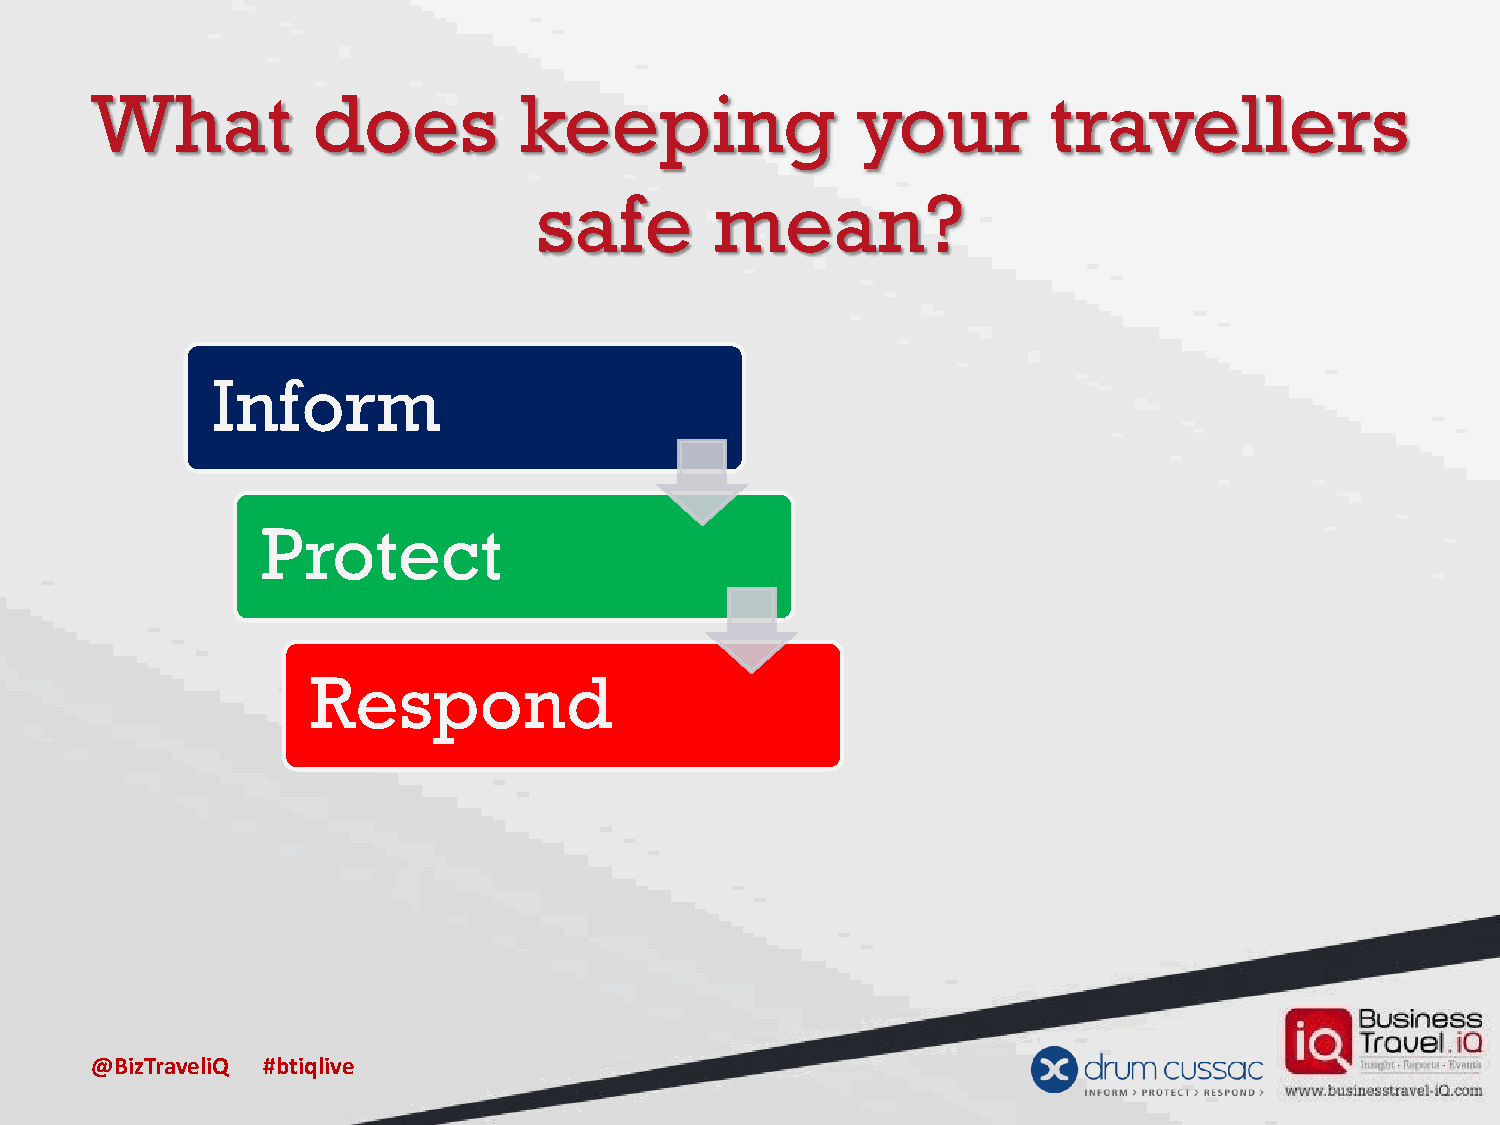
What           does         keeping                your        travellers
 safe        mean?
 Inform
 Protect
 Respond
 @BizTraveliQ #btiqlive